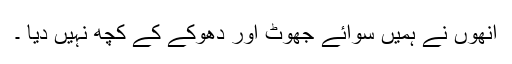
انھوں نے ہمیں سوائے جھوٹ اور دھوکے کے کچھ نہیں دیا ۔